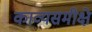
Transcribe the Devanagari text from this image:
काव्यसमीक्षे